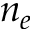
n _ { e }